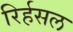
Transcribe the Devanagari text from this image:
रिर्हसल